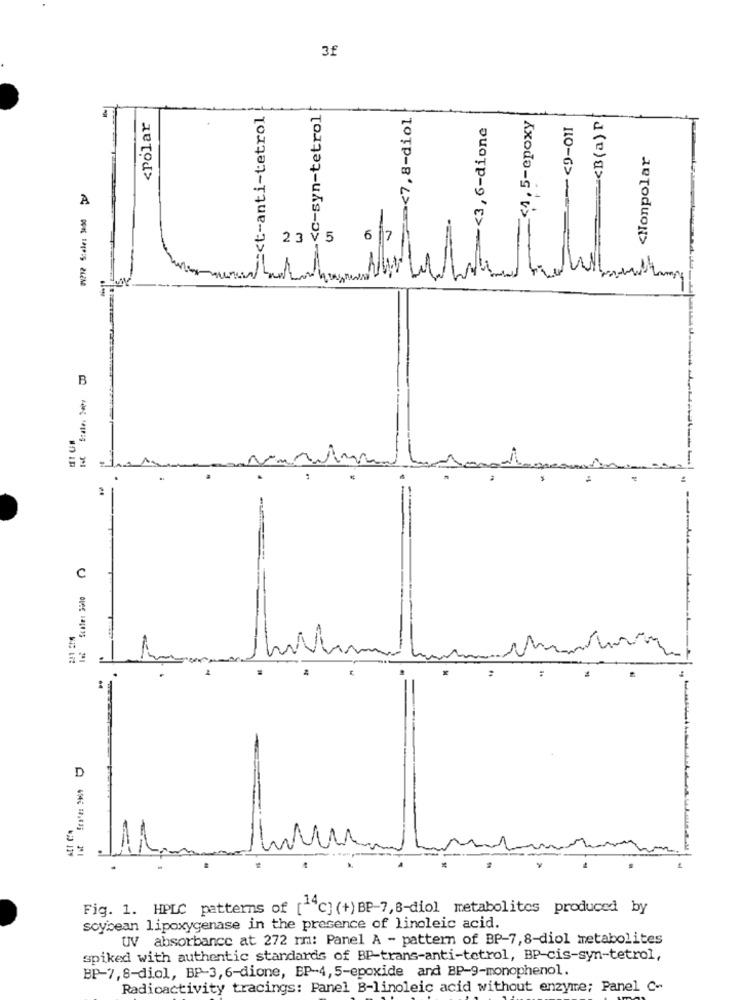
3f
<t-anti-tetrol
--< c-syn-tetrol
=><7,8-diol
<Polar
.><3, 6-dione
_< 1, 5-epoxy
<B(a)
<Nonpolar
WV212 Stale: Jose
A
6
B
C
D
3
Fig. 1. HPLC patterns of [""C] (+) BP-7,8-diol metabolites produced by
soybean lipoxygenase in the presence of linoleic acid.
UV absorbance at 272 rm: Panel A - pattern of BP-7,8-diol metabolites
spiked with authentic standards of BP-trans-anti-tetrol, BP-cis-syn-tetrol,
BP-7,8-diol, BP-3,6-dione, BP-4,5-epoxide and BP-9-monophenol.
Radioactivity tracings: Panel B-linoleic acid without enzyme; Panel C-